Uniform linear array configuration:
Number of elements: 16
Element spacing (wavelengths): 1
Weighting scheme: kaiser
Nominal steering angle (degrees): -60
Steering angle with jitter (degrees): -58.431
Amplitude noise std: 0.05
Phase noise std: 0.05

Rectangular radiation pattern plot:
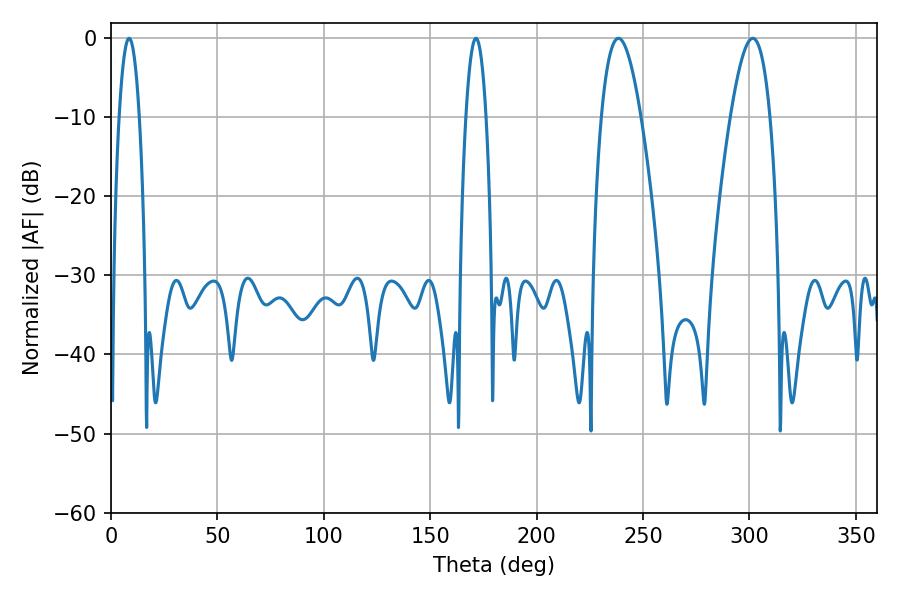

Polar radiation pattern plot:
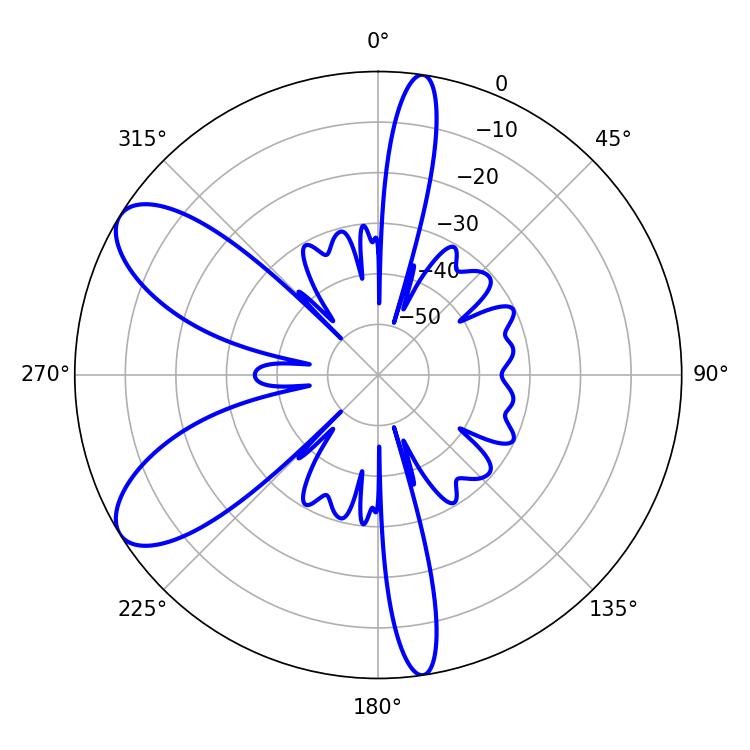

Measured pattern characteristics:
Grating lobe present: TRUE
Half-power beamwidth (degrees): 10.08
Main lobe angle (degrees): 301.5